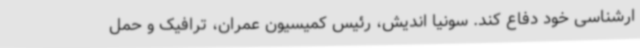
ارشناسی خود دفاع کند. سونیا اندیش، رئیس کمیسیون عمران، ترافیک و حمل